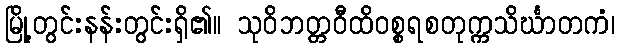
မြို့တွင်းနန်းတွင်းရှိ၏။ သုဝိဘတ္တဝီထိဝစ္စရစတုက္ကသိင်္ဃာတကံ၊